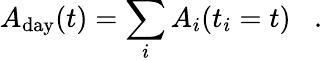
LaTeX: A_{\mathrm{day}}(t)=\sum_{i}A_{i}(t_{i}=t)\; \; \; .